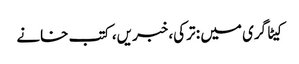
کیٹاگری میں : ترکی، خبریں، کتب خانے